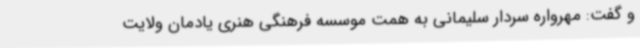
و گفت: مهرواره سردار سلیمانی به همت موسسه فرهنگی هنری یادمان ولایت